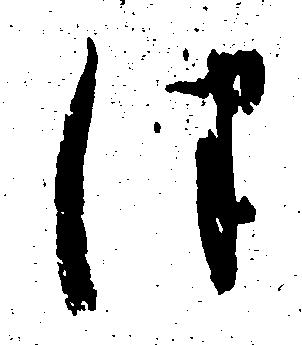
つ